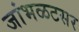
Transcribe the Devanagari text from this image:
जांभळटसर